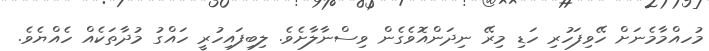
މުހއްމާމެނަށް ހޭވިފަހުރި ހަޑި މިރޭ ނިދަންއޮވެގެން ވިސްނާލާށެވެ. ލިބިފައިހުރީ ހައްގު މުދާތަކެއް ހެއްޔެވެ.